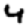
Digit: 4